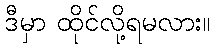
ဒီမှာ ထိုင်လို့ရမလား။